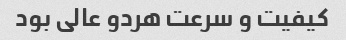
کیفیت و سرعت هردو عالی بود